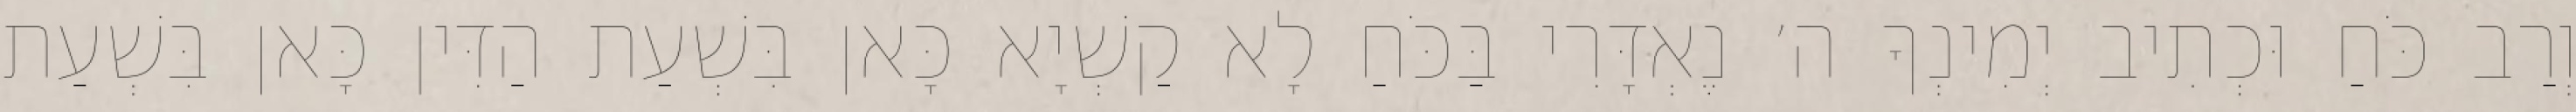
וְרַב כֹּחַ וּכְתִיב יְמִינְךָ ה׳ נֶאְדָּרִי בַּכֹּחַ לָא קַשְׁיָא כָּאן בִּשְׁעַת הַדִּין כָּאן בִּשְׁעַת